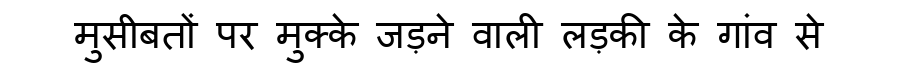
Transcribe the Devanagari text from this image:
मुसीबतों पर मुक्के जड़ने वाली लड़की के गांव से